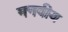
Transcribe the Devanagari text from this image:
मनवीय